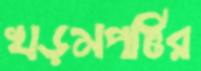
খড়মপট্টির